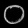
Digit: ၀